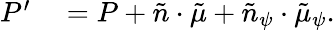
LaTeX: \begin{array}{rl}{P^{\prime}}&{{}=P+\tilde{n}\cdot\tilde{\mu}+\tilde{n}_{\psi}\cdot\tilde{\mu}_{\psi}.}\end{array}